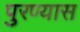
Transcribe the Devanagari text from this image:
पुरण्यास